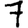
Digit: 7